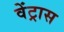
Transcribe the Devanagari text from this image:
वेंट्रास